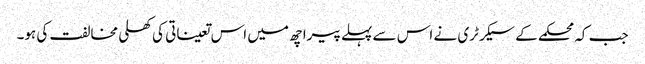
جب کہ محکمے کے سیکرٹری نے اس سے پہلے پیرا چھ میں اس تعیناتی کی کھلی مخالفت کی ہو۔